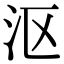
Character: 沤